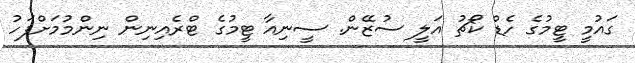
ގައުމީ ޓީމުގެ ހެޑް ކޯޗު އަލީ ސުޒޭން. ސީނިއާ ޓީމުގެ ޓްރެއިނިން ނިންމުމަށްފަހު